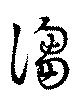
謅